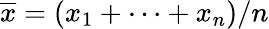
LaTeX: {\overline{{x}}}=\left(x_{1}+\cdots+x_{n}\right)/n